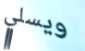
ويسلي